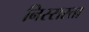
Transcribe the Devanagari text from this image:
निस्सरता